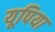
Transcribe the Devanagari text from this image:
यूपिया